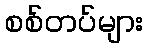
စစ်တပ်များ